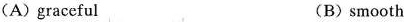
(A)graceful (B)smooth